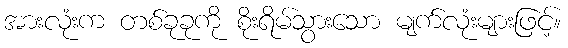
အားလုံးက တစ်ခုခုကို စိုးရိမ်သွားသော မျက်လုံးများဖြင့်။